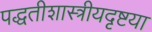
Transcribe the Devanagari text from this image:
पद्धतीशास्त्रीयदृष्टया